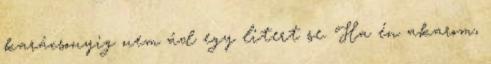
karácsonyig nem ád egy litert se. Ha én akarom,